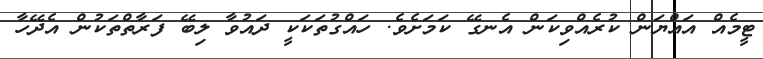
ޓީމެއް އައްޔަން ކުރެއްވިކަން އެނގޭ ކަމަށެވެ. ހައްގުތަކަކީ ދައުވާ ލިބޭ ފަރާތްތަކުން އެދޭހާ